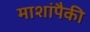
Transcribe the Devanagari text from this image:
माशांपैकी